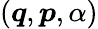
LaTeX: (\boldsymbol{q},\boldsymbol{p},\alpha)